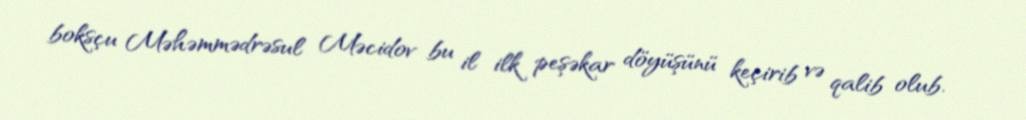
boksçu Məhəmmədrəsul Məcidov bu il ilk peşəkar döyüşünü keçirib və qalib olub.